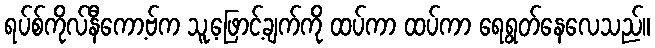
ရပ်စ်ကိုလ်နီကော့ဗ်က သူ့ဖြောင့်ချက်ကို ထပ်ကာ ထပ်ကာ ရေရွတ်နေလေသည်။